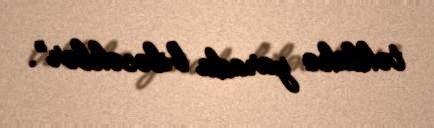
təhlükə yarada biləcəklər”.